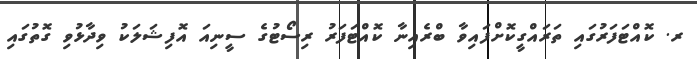
ރ. ކޮއްޓަފަރުގައި ތަރައްގީކޮށްފައިވާ ބްރެއިނާ ކޮއްޓަފަރު ރިސޯޓުގެ ސީނިއަ އޮފިޝަލަކު ވިދާޅުވި ގޮތުގައި